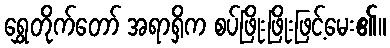
ရွှေတိုက်တော် အရာရှိက စပ်ဖြိုးဖြိုးဖြင့်မေး၏။